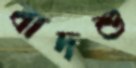
বাদশু